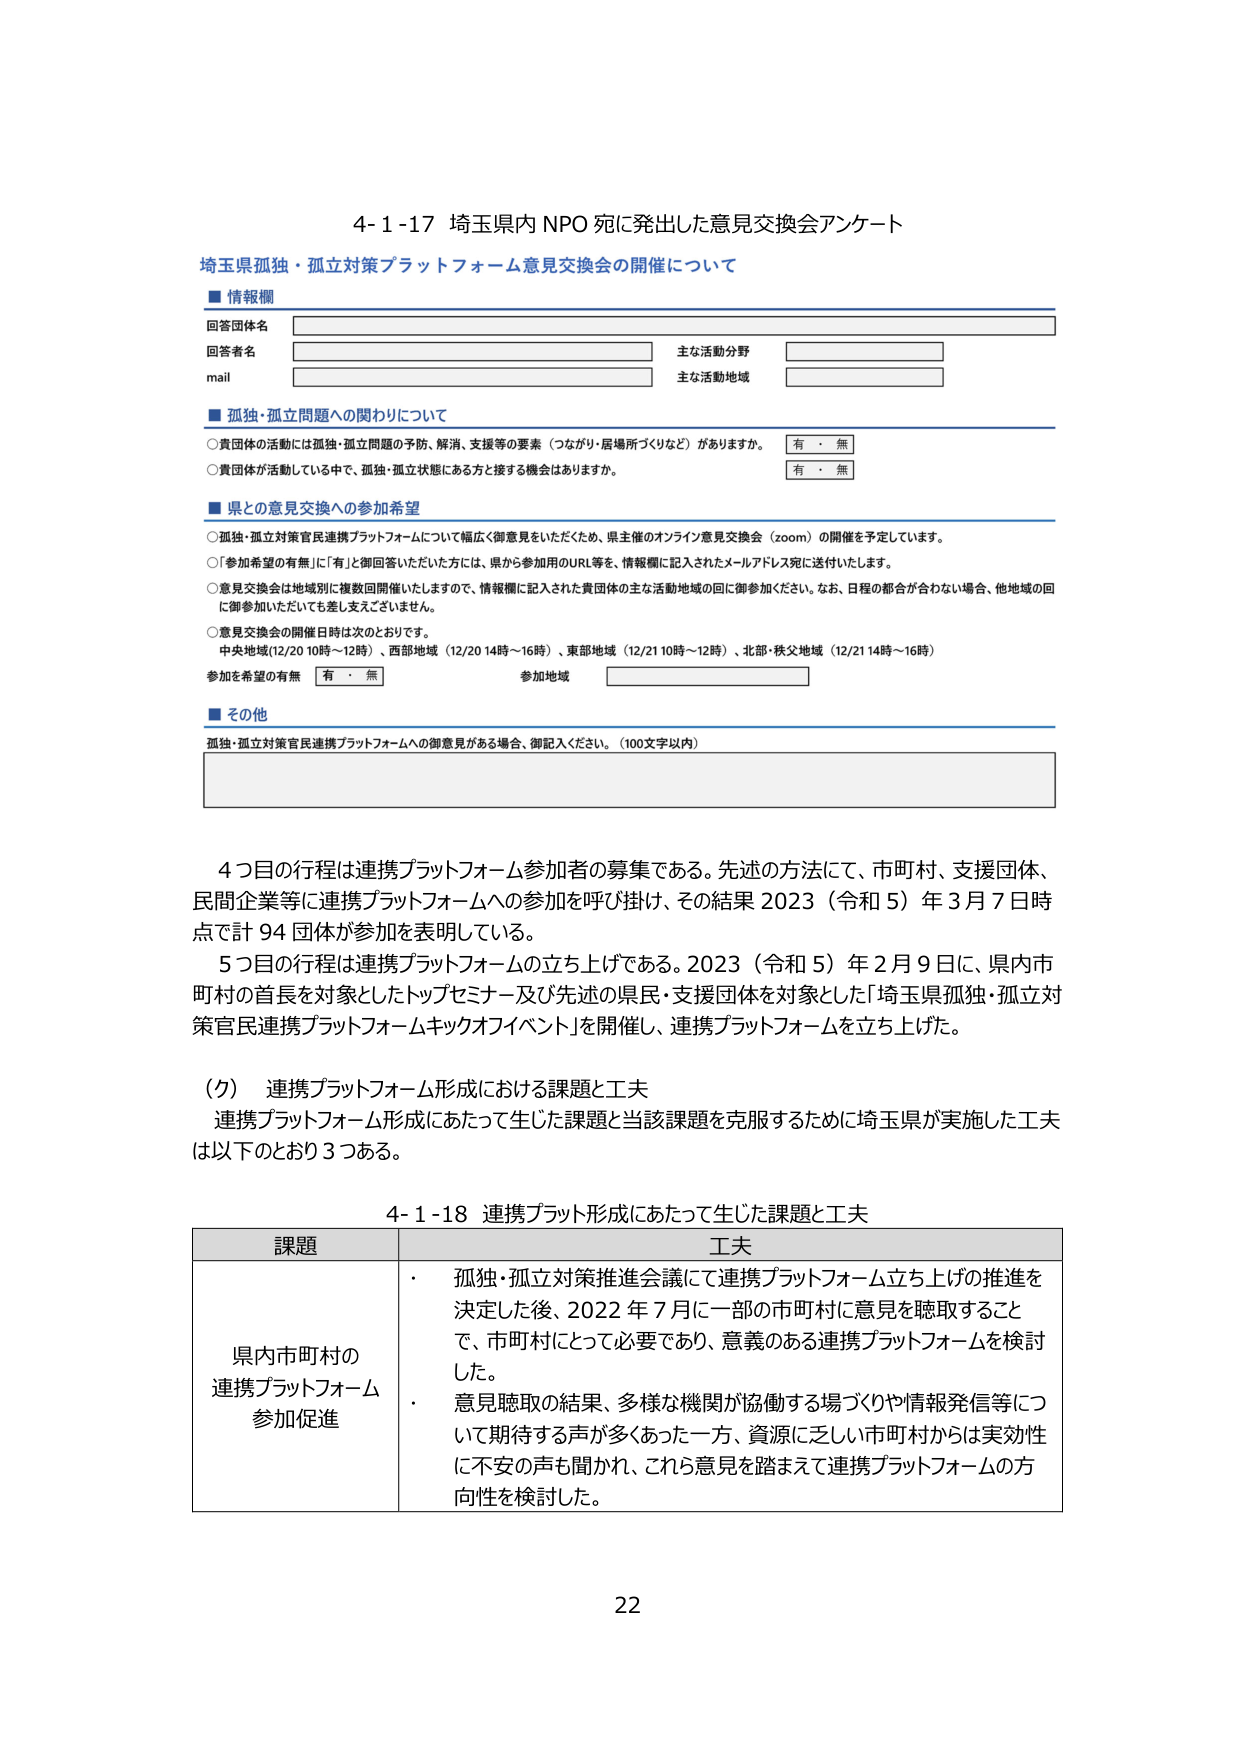
4-1-17 埼玉県内 NPO 宛に発出した意見交換会アンケート

埼玉県孤独・孤立対策プラットフォーム意見交換会の開催について

■情報欄
回答団体名
回答者名
mail
主な活動分野
主な活動地域

■孤独・孤立問題への関わりについて
○貴団体の活動には孤独・孤立問題の予防、解消、支援等の要素（つながり・居場所づくりなど）がありますか。
有・無
○貴団体が活動している中で、孤独・孤立状態にある方と接する機会はありますか。
有・無

■県との意見交換への参加希望
○孤独・孤立対策官民連携プラットフォームについて幅広く御意見をいただくため、県主催のオンライン意見交換会（zoom）の開催を予定しています。
○「参加希望の有無」に「有」と御回答いただいた方には、県から参加用のURL等を、情報欄に記入されたメールアドレス宛に送付いたします。
○意見交換会は地域別に複数回開催いたしますので、情報欄に記入された貴団体の主な活動地域の回に御参加ください。なお、日程の都合が合わない場合、他地域の回に御参加いただいても差し支えございません。
○意見交換会の開催日時は次のとおりです。
中央地域（12/20 10時～12時）、西部地域（12/20 14時～16時）、東部地域（12/21 10時～12時）、北部・秩父地域（12/21 14時～16時）
参加を希望の有無 有・無
参加地域

■その他
孤独・孤立対策官民連携プラットフォームへの御意見がある場合、御記入ください。（100文字以内）

4つ目の行程は連携プラットフォーム参加者の募集である。先述の方法にて、市町村、支援団体、民間企業等に連携プラットフォームへの参加を呼び掛け、その結果 2023（令和5）年3月7日時点で計94団体が参加を表明している。
5つ目の行程は連携プラットフォームの立ち上げである。2023（令和5）年2月9日に、県内市町村の首長を対象としたトップセミナー及び先述の県民・支援団体を対象とした「埼玉県孤独・孤立対策官民連携プラットフォームキックオフイベント」を開催し、連携プラットフォームを立ち上げた。

（ク） 連携プラットフォーム形成における課題と工夫
連携プラットフォーム形成にあたって生じた課題と当該課題を克服するために埼玉県が実施した工夫は以下のとおり3つある。

4-1-18 連携プラット形成にあたって生じた課題と工夫

課題 工夫
県内市町村の連携プラットフォーム参加促進
・ 孤独・孤立対策推進会議にて連携プラットフォーム立ち上げの推進を決定した後、2022年7月に一部の市町村に意見を聴取することで、市町村にとって必要であり、意義のある連携プラットフォームを検討した。
・ 意見聴取の結果、多様な機関が協働する場づくりや情報発信等について期待する声が多くあった一方、資源に乏しい市町村からは実効性に不安の声も聞かれ、これら意見を踏まえて連携プラットフォームの方向性を検討した。

22